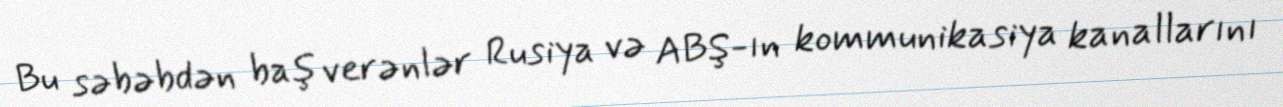
Bu səbəbdən baş verənlər Rusiya və ABŞ-ın kommunikasiya kanallarını